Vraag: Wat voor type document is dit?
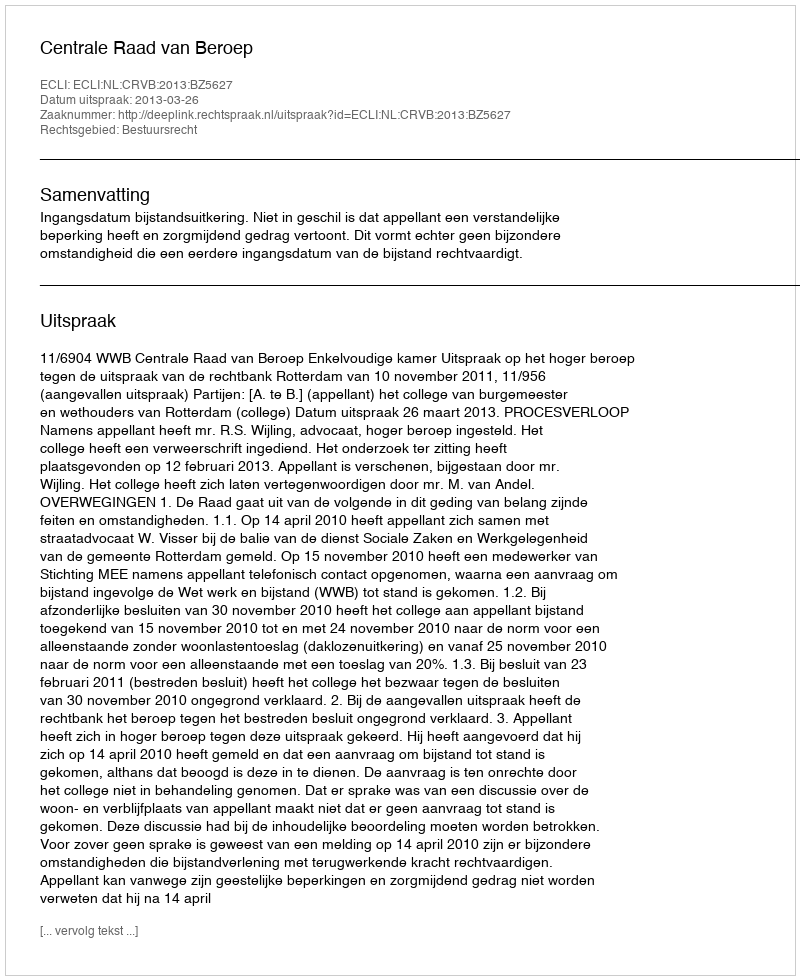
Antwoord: Uitspraak